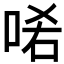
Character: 𠳈